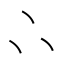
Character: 𠁼